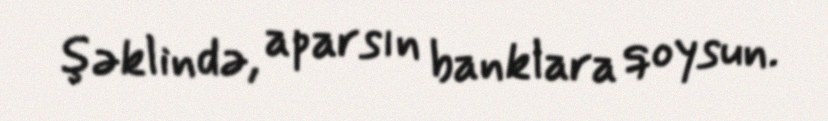
şəklində, aparsın banklara qoysun.